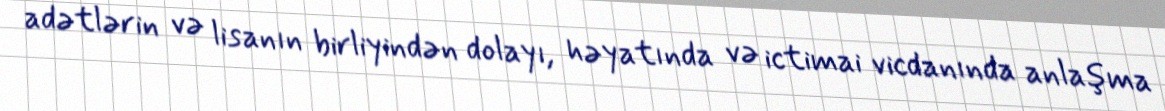
adətlərin və lisanın birliyindən dolayı, həyatında və ictimai vicdanında anlaşma